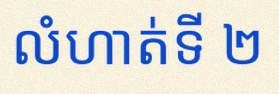
លំហាត់ទី ២